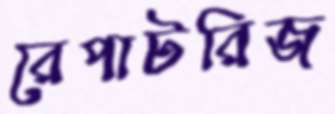
রেপাটরিজ